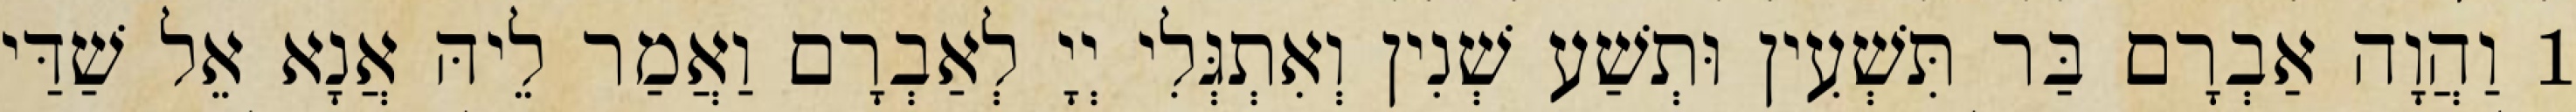
1 וַהֲוָה אַבְרָם בַּר תִּשְׁעִין וּתְשַׁע שְׁנִין וְאִתְגְּלִי יְיָ לְאַבְרָם וַאֲמַר לֵיהּ אֲנָא אֵל שַׁדַּי